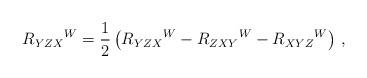
LaTeX: \begin{align*}R_{YZX}{}^W =\frac 12\left( R_{YZX}{}^W - R_{ZXY}{}^W- R_{XYZ}{}^W\right)\,, \end{align*}